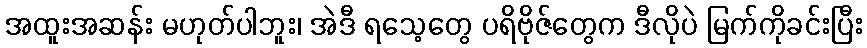
အထူးအဆန်း မဟုတ်ပါဘူး၊ အဲဒီ ရသေ့တွေ ပရိဗိုဇ်တွေက ဒီလိုပဲ မြက်ကိုခင်းပြီး